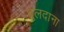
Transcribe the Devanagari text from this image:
बुलदाना